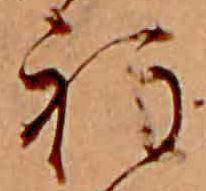
程